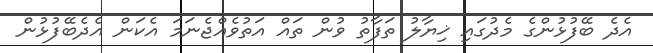
އެދެ ބޭފުޅުންގެ މެދުގައި ޚިޔާލު ތަފާތު ވުން ތައް އަތުވެއްޖެނަމަ އެކަން އެދެބޭފުޅުން